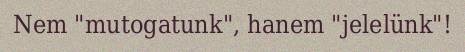
Nem "mutogatunk", hanem "jelelünk"!